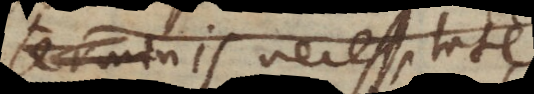
terminis necessitate